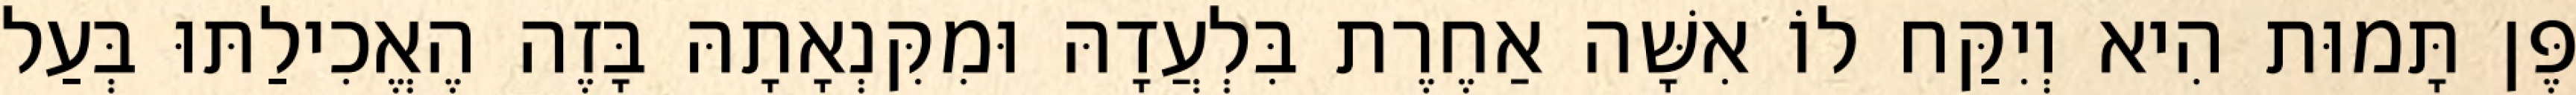
פֶּן תָּמוּת הִיא וְיִקַּח לוֹ אִשָּׁה אַחֶרֶת בִּלְעֲדָהּ וּמִקִּנְאָתָהּ בָּזֶה הֶאֱכִילַתּוּ בְּעַל